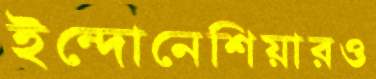
ইন্দোনেশিয়ারও